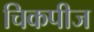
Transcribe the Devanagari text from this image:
चिकपीज